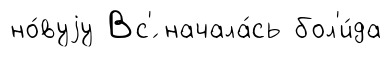
но́вуjу Вс'́ начала́сь бол'и́да